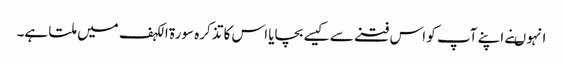
انہو ںنے اپنے آپ کو اس فتنے سے کیسے بچایا اس کا تذکرہ سورة الکہف میں ملتا ہے۔